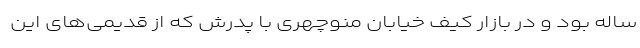
ساله بود و در بازار کیف خیابان منوچهری با پدرش که از قدیمی­های این